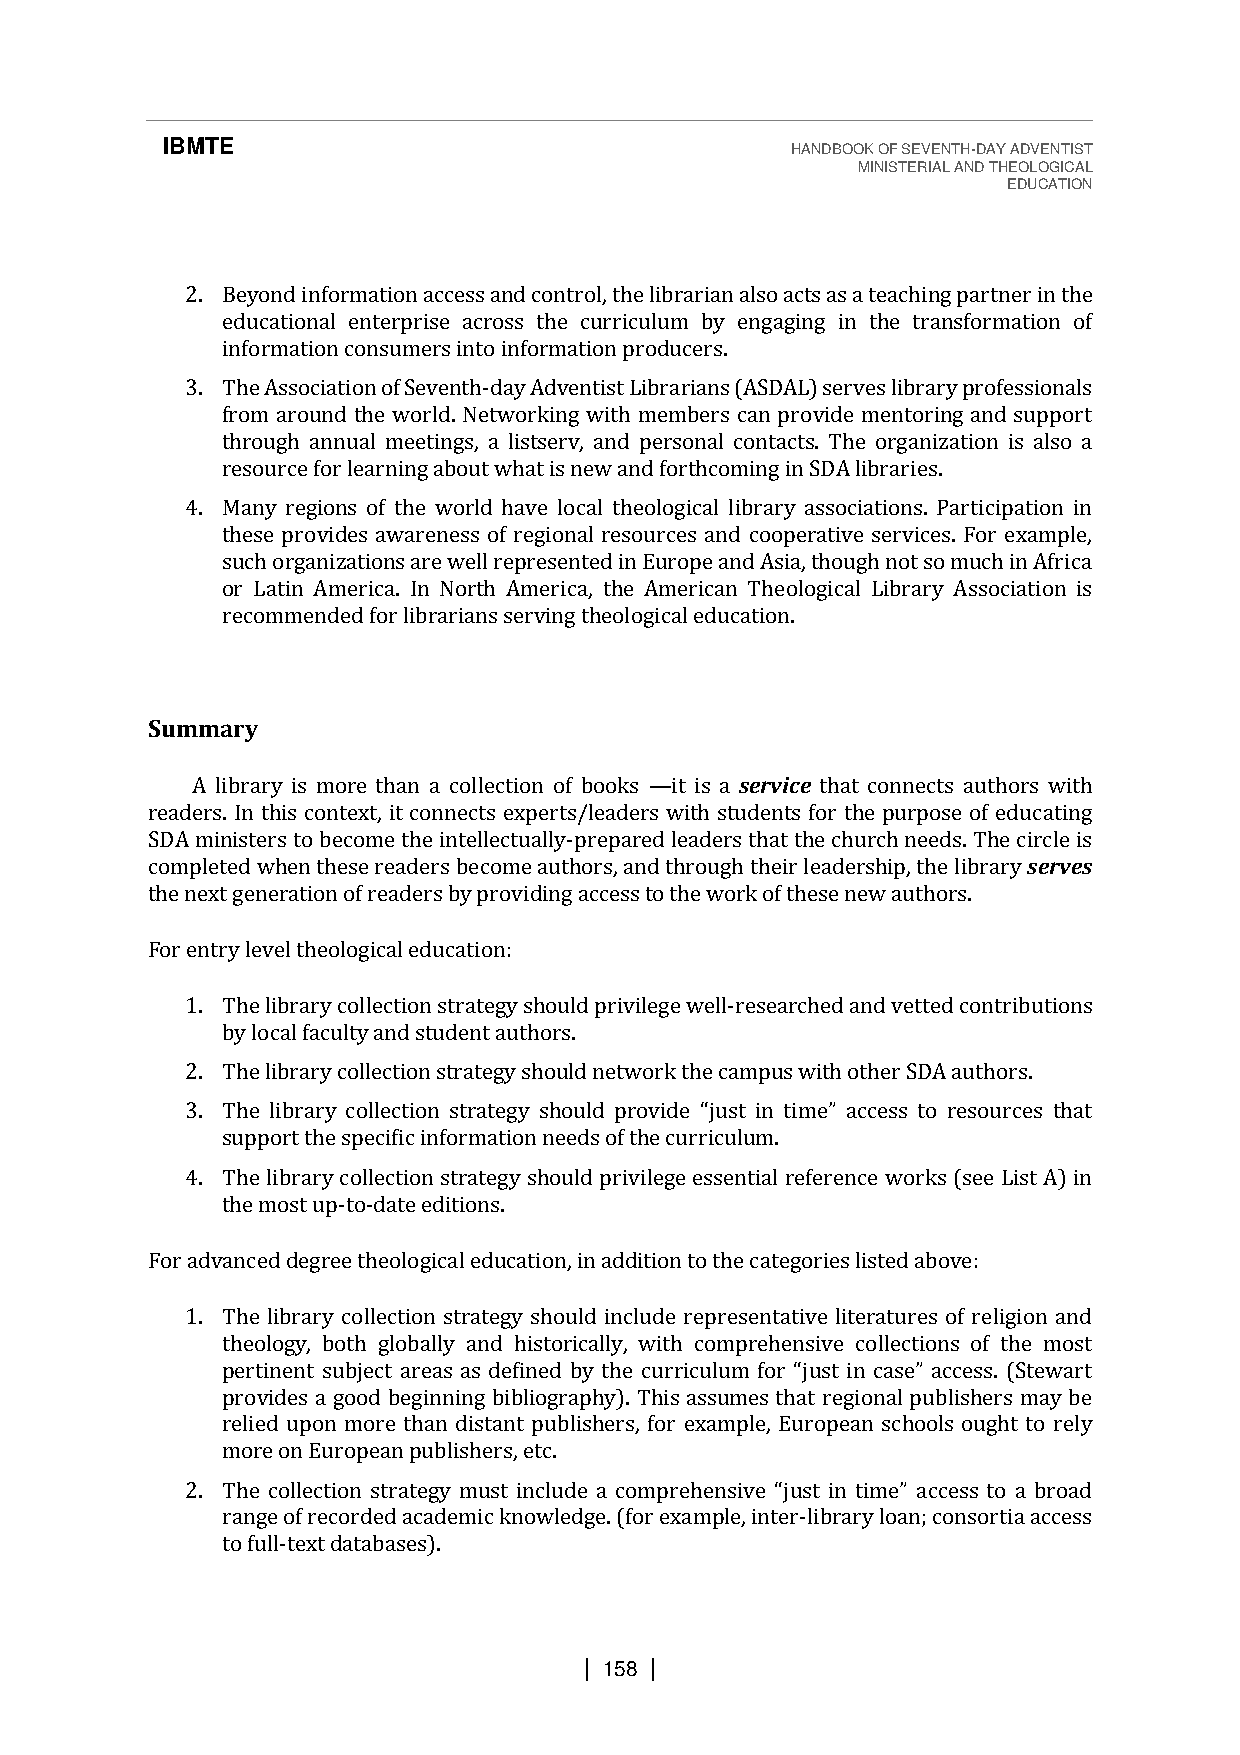
IBMTE                                    HANDBOOK OF SEVENTH-DAY ADVENTIST
 MINISTERIAL AND THEOLOGICAL
 EDUCATION
 2. Beyond information access and control, the librarian also acts as a teaching partner in the
 educational enterprise across the curriculum by engaging in the transformation of
 information consumers into information producers.
 3. The Association of Seventh-day Adventist Librarians (ASDAL) serves library professionals
 from around the world. Networking with members can provide mentoring and support
 through annual meetings, a listserv, and personal contacts. The organization is also a
 resource for learning about what is new and forthcoming in SDA libraries.
 4. Many regions of the world have local theological library associations. Participation in
 these provides awareness of regional resources and cooperative services. For example,
 such organizations are well represented in Europe and Asia, though not so much in Africa
 or Latin America. In North America, the American Theological Library Association is
 recommended for librarians serving theological education.
 Summary
 A library is more than a collection of books it is a service that connects authors with
 readers. In this context, it connects experts/leaders with students for the purpose of educating
 SDA ministers to become the intellectually-prepare—d leaders that the church needs. The circle is
 completed when these readers become authors, and through their leadership, the library serves
 the next generation of readers by providing access to the work of these new authors.
 For entry level theological education:
 1. The library collection strategy should privilege well-researched and vetted contributions
 by local faculty and student authors.
 2. The library collection strategy should network the campus with other SDA authors.
 3.
 support the specific information needs of the curriculum.
 The library collection strategy should provide “just in time” access to resources that
 4. The library collection strategy should privilege essential reference works (see List A) in
 the most up-to-date editions.
 For advanced degree theological education, in addition to the categories listed above:
 1. The library collection strategy should include representative literatures of religion and
 theology, both globally and historically, with comprehensive collections of the most
 provides a good beginning bibliography). This assumes that regional publishers may be
 rpeelrietidn eunpto snu bmjeocrte atrheaans daiss tdaenfti npeudb lbisyh tehres , cfuorrr iecxualmumpl efo, rE u“jruospt eiann c sacsheo” oalcsc oeussg.h (tS ttoew realryt
 more on European publishers, etc.
 2.
 range of recorded academic knowledge. (for example, inter-library loan; consortia access
 Ttoh feu lclo-tlelexctt dioanta sbtarsaetes)g.y must include a comprehensive “just in time” access to a broad
 | 158 |